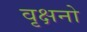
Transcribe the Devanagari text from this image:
वृक्षनो